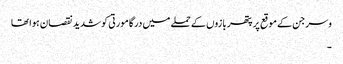
وسرجن کے موقع پر پتھر بازوں کے حملے میں درگا مورتی کو شدید نقصان ہوا تھا
۔